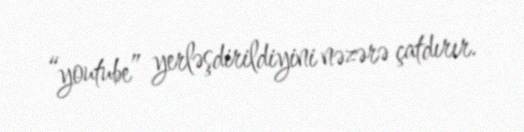
“youtube” yerləşdirildiyini nəzərə çatdırır.